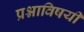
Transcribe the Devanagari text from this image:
प्रश्नाविषयी